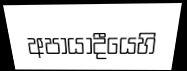
අපායාදීයෙහි